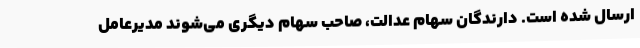
ارسال شده است. دارندگان سهام‌ عدالت، صاحب سهام دیگری می‌شوند مدیرعامل